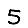
Digit: 5